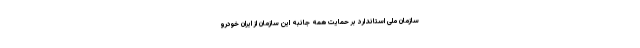
سازمان ملی استاندارد بر حمایت همه جانبه این سازمان از ایران خودرو